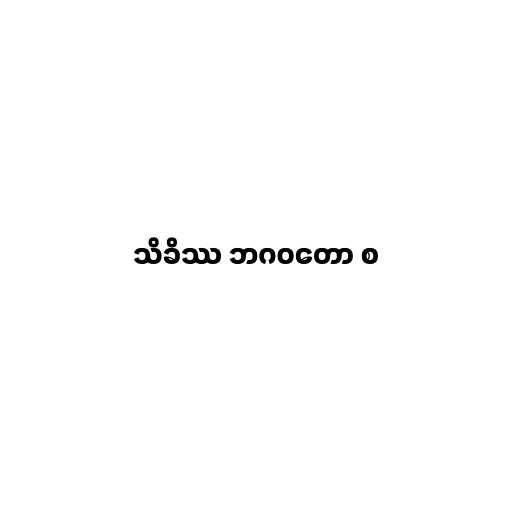
သိခိဿ ဘဂဝတော စ